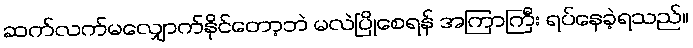
ဆက်လက်မလျှောက်နိုင်တော့ဘဲ မလဲပြိုစေရန် အကြာကြီး ရပ်နေခဲ့ရသည်။